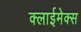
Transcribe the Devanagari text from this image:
क्लाईमेक्स